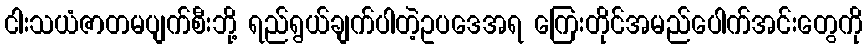
ငါးသယံဇာတမပျက်စီးဘို့ ရည်ရွယ်ချက်ပါတဲ့ဥပဒေအရ ကြေးတိုင်အမည်ပေါက်အင်းတွေကို